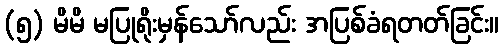
(၅) မိမိ မပြုရိုးမှန်သော်လည်း အပြစ်ခံရတတ်ခြင်း။